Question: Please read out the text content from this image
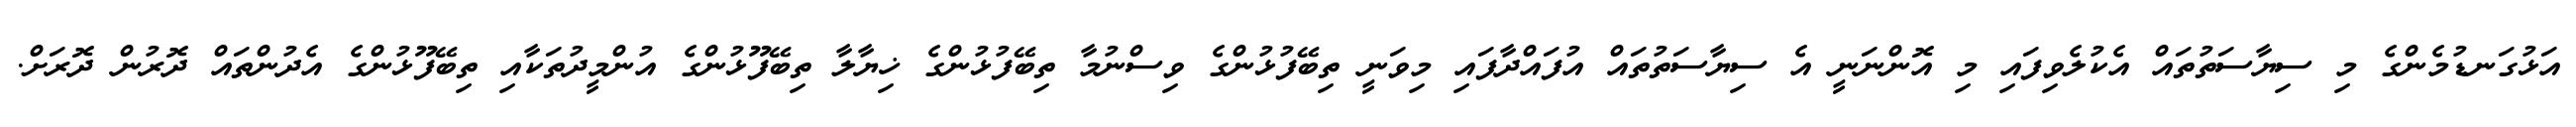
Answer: އަޅުގަނޑުމެންގެ މި ސިޔާސަތުތައް އެކުލެވިފައި މި އޮންނަނީ އެ ސިޔާސަތުތައް އުފައްދާފައި މިވަނީ ތިބޭފުޅުންގެ ވިސްނުމާ ތިބޭފުޅުންގެ ޚިޔާލާ ތިބޭފޫޅުންގެ އުންމީދުތަކާއި ތިބޭފޫޅުންގެ އެދުންތައް ދޮރުން ދޮރަށް.